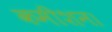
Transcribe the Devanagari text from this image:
कमीशन।